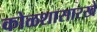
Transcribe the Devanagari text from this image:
कोळशासारखे